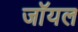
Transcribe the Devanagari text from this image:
जाॅयल